Insane asylums Bombay 1873-77 - 1873-1877
Year: 1873
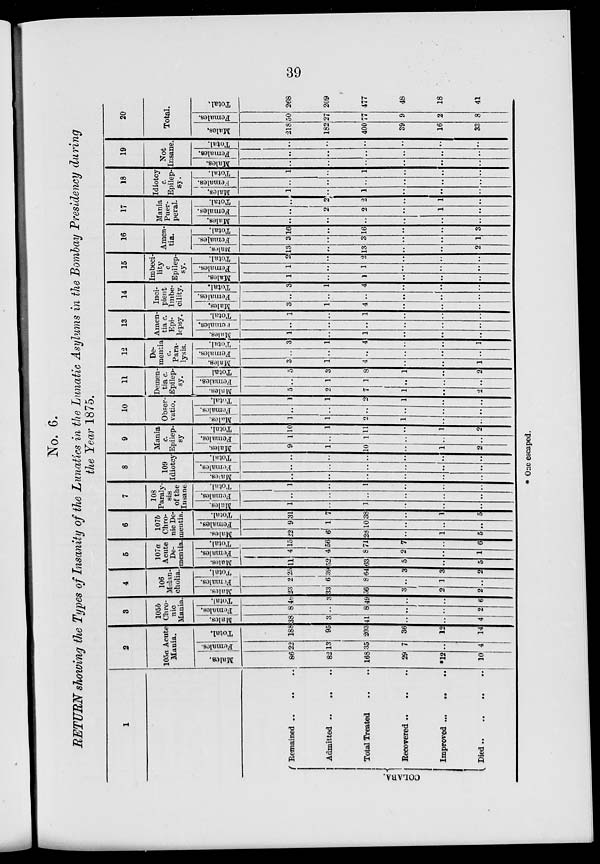
39
No. 6.
RETURN showing the Types of Insanity of the Lunatics in the Lunatic Asylums in the Bombay Presidency during
the Year 1875.
1
COLABA.
Remained
..
..
..
Admitted
..
..
..
Total Treated .. .. ..
Recovered
..
..
..
Improved
..
..
..
Died .. .. ..
2
105a Acute
Mania.
Males.
86
82
168
29
*12
10
Females.
22
13
35
7
..
4
Total.
188
95
203
36
12
14
3
105b
Chro-
nic
Mania.
Males.
38
3
41
..
..
4
Females.
8
..
8
..
..
2
Total.
46
3
49
..
..
6
4
106
Melan-
cholia.
Males.
23
33
56
3
2
2
Females.
2
6
8
..
1
..
Total.
25
39
64
3
3
2
5
107a
Acute
De-
mentia.
Males.
11
52
63
5
..
5
Females.
4
4
8
2
..
1
Total.
15
56
71
7
..
6
6
107b
Chro-
nic De-
mentia.
Males.
22
6
28
..
1
5
Females.
9
1
10
..
..
..
Total.
31
7
38
..
1
5
7
108
Paraly-
sis
of the
Insane.
Males.
1
..
1
..
..
..
Females.
..
..
..
..
..
..
Total.
1
..
1
..
..
..
8
109
Idiotcy
Males.
..
..
..
..
..
..
Females.
..
..
..
..
..
..
Total.
..
..
..
..
..
..
9
Mania
c.
Epilep-
sy
Males.
9
1
10
..
1
2
Females.
1
..
1
..
..
..
Total.
10
1
11
..
1
2
10
Obser-
vatio.
Ma l
e s .
1
1
2
1
..
..
Fe ma l
e s .
..
..
..
..
..
..
Total.
1
1
2
1
..
..
11
Demen-
tia c.
Epilep-
sy.
Males.
5
2
7
1
..
2
Females.
..
1
1
..
..
..
Total.
5
3
8
1
..
2
12
De-
mentia
c.
Para-
lysis.
Males.
3
1
4
..
..
1
Females.
..
..
..
..
..
..
Total.
3
1
4
..
..
1
13
Amen-
tia c.
Epi-
lepsy.
Males.
1
..
1
..
..
..
Females.
..
..
..
..
..
..
Total.
1
..
1
..
..
..
14
Inci-
pient
Imbe-
cility.
Males.
3
1
4
..
..
..
Females.
..
..
..
..
..
..
Total.
3
1
4
..
..
..
15
Imbeci-
lity
c
Epilep-
sy.
Males.
1
..
..
..
..
..
Females.
1
..
1
..
..
..
Total.
2
..
2
..
..
..
16
Amen-
-ia.
Males.
13
..
13
..
..
2
Females.
3
..
3
..
..
1
Total.
16
..
16
..
..
3
17
Mania
Puer-
peral.
Males.
..
..
..
..
..
..
Females.
..
2
2
..
1
..
Total.
..
2
2
..
1
..
18
Idiotcy
c.
Epilep-
sy.
Males.
1
..
1
..
..
..
Females.
..
..
..
..
..
..
Total.
1
..
1
..
..
..
19
Not
Insane.
Males.
..
..
..
..
..
..
Females.
..
..
..
..
..
..
Total.
..
..
..
..
..
..
20
Total.
Males.
218
182
400
39
16
33
Females.
50
27
77
9
2
8
Total.
268
209
477
48
18
41
* One escaped.